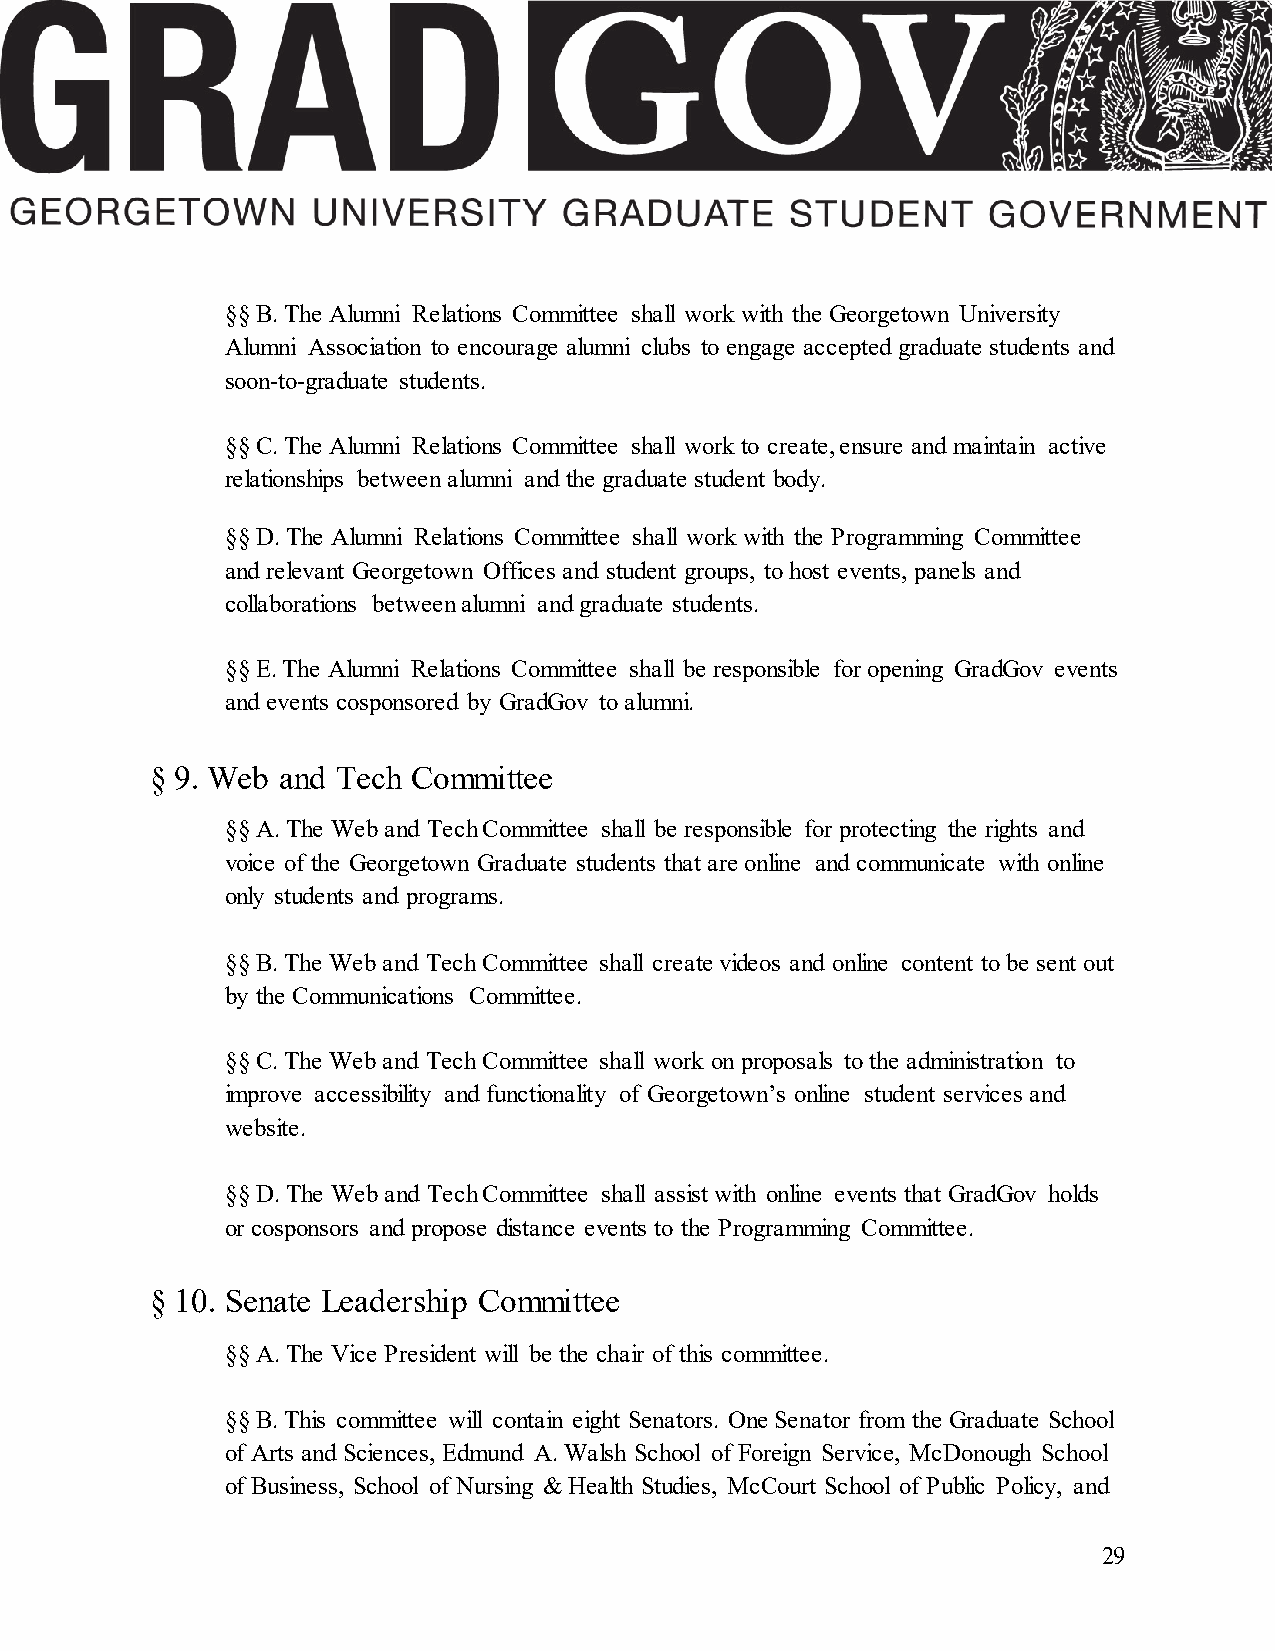
§§ B. The Alumni Relations Committee shall work with the Georgetown University
 Alumni Association to encourage alumni clubs to engage accepted graduate students and
 soon-to-graduate students.
 §§ C. The Alumni Relations Committee shall work to create, ensure and maintain active
 relationships between alumni and the graduate student body.
 §§ D. The Alumni Relations Committee shall work with the Programming Committee
 and relevant Georgetown Offices and student groups, to host events, panels and
 collaborations between alumni and graduate students.
 §§ E. The Alumni Relations Committee shall be responsible for opening GradGov events
 and events cosponsored by GradGov to alumni.
 § 9. Web and Tech Committee
 §§ A. The Web and Tech Committee shall be responsible for protecting the rights and
 voice of the Georgetown Graduate students that are online and communicate with online
 only students and programs.
 §§ B. The Web and Tech Committee shall create videos and online content to be sent out
 by the Communications Committee.
 §§ C. The Web and Tech Committee shall work on proposals to the administration to
 improve accessibility and functionality of Georgetown’s online student services and
 website.
 §§ D. The Web and Tech Committee shall assist with online events that GradGov holds
 or cosponsors and propose distance events to the Programming Committee.
 § 10. Senate Leadership Committee
 §§ A. The Vice President will be the chair of this committee.
 §§ B. This committee will contain eight Senators. One Senator from the Graduate School
 of Arts and Sciences, Edmund A. Walsh School of Foreign Service, McDonough School
 of Business, School of Nursing & Health Studies, McCourt School of Public Policy, and
 29